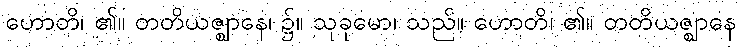
ဟောတိ၊ ၏။ တတိယဇ္ဈာနေ၊ ၌။ သုခုမော၊ သည်။ ဟောတိ၊ ၏။ တတိယဇ္ဈာနေ